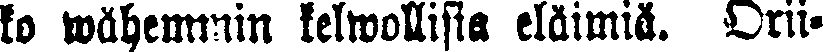
ko wähemmin kelwollifia eläimiä. Orii-